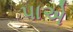
પાએ